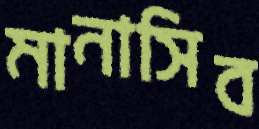
মানাসিব